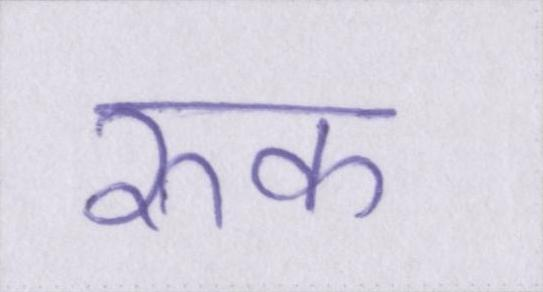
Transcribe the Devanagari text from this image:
रुक